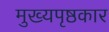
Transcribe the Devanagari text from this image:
मुख्यपृष्ठकार